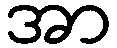
အာ